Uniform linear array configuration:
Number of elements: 8
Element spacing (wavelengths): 0.5
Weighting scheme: hann
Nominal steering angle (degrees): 45
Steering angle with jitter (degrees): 46.222
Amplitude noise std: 0.05
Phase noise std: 0.05

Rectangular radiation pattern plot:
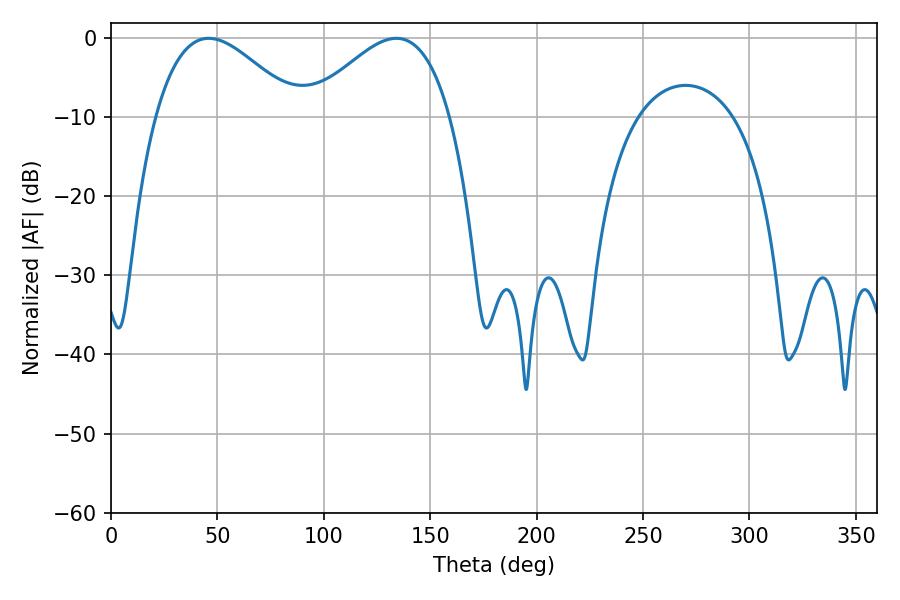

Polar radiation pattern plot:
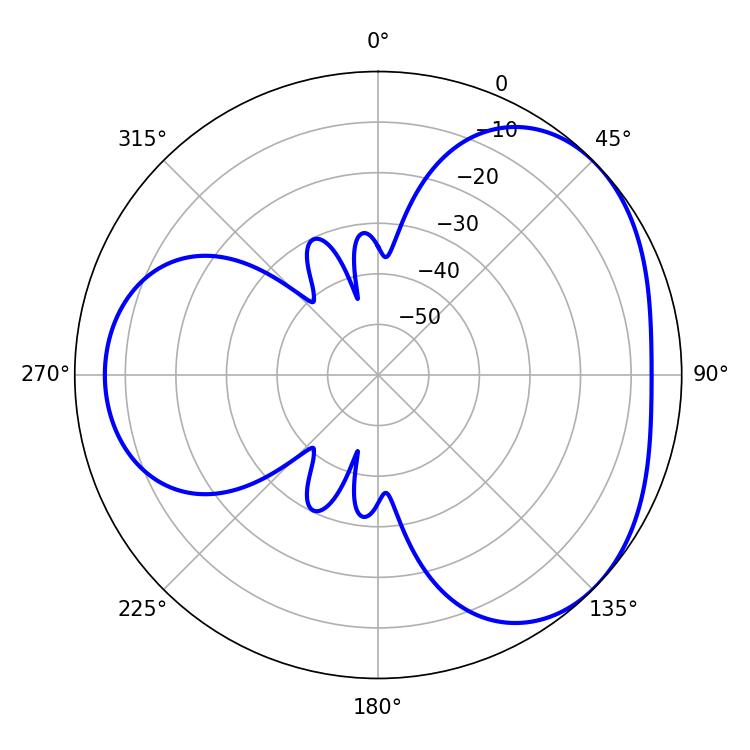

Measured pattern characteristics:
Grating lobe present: FALSE
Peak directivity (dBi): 3.551
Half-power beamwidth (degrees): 36.18
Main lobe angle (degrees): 45.9